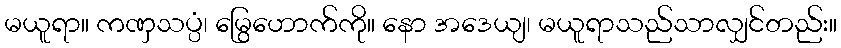
မယူရာ။ ကဏှသပ္ပံ၊ မြွေဟောက်ကို။ နော အဒေယျ၊ မယူရာသည်သာလျှင်တည်း။